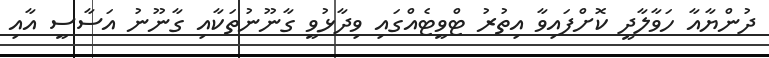
ދުންޔާއާ ހަވާލާދީ ކޮށްފައިވާ އިތުރު ޓްވީޓެއްގައި ވިދާޅުވީ ގާނޫނުތަކާއި ގާނޫނު އަސާސީ އާއި